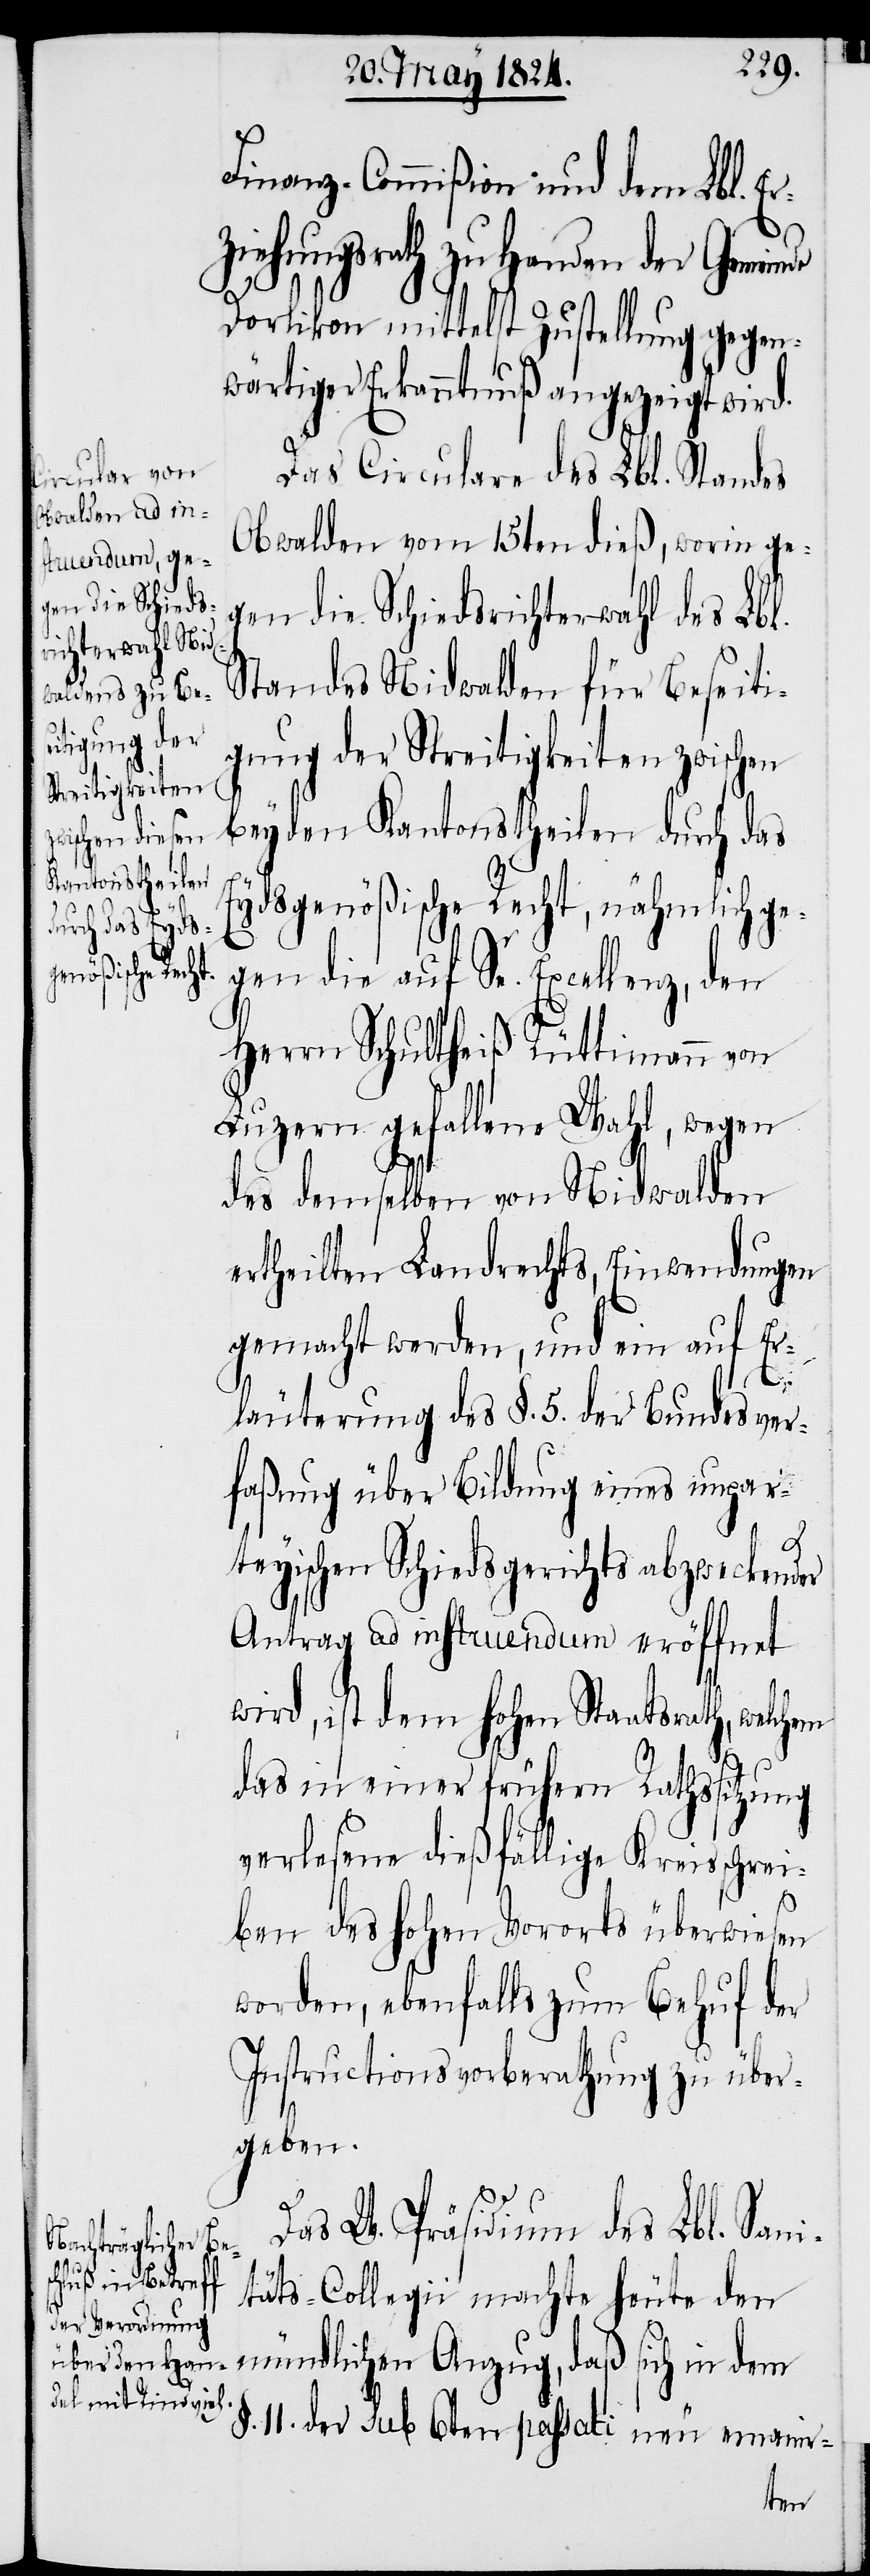
Finanz-Commißion und dem Lbl. Er¬
ziehungsrath zu Handen der Gemeinde
Dorlikon mittelst Zustellung gegen¬
wärtiger Erkanntnuß angezeigt wird.
Das Circulare des Lbl. Standes
Obwalden vom 15ten dieß, worin ge¬
gen die Schiedsrichterwahl des Lbl.
Standes Nidwalden für Beseiti¬
gung der Streitigkeiten zwischen
beyden Kantonstheilen durch das
Eydsgenößische Recht, nähmlich ge¬
gen die auf Se. Excellenz, den
Herrn Schultheiß Rüttimann von
Luzern gefallene Wahl, wegen
des demselben von Nidwalden
ertheilten Landrechts, Einwendungen
gemacht werden, und ein auf Er¬
läuterung des §. 5. der Bundesver¬
faßung über Bildung eines unpar¬
teyischen Schiedsgerichts abzweckender
Antrag ad instruendum eröffnet
wird, ist dem hohen Staatsrath,
das in einer frühern Rathssitzung
verlesene dießfällige Kreisschrei¬
ben des hohen Vororts überwiesen
worden, ebenfalls zum Behuf der
Instructionsvorberathung zu über¬
geben.
Das W. Präsidium des Lbl. Sani¬
täts-Collegii, achte heute den
mündlichen Anzug, daß sich in dem
§. 11. der sub 6ten passati neu ernann-